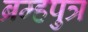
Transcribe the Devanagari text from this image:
ब्रम्हपुत्र